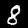
Label: 8